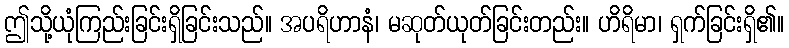
ဤသို့ယုံကြည်းခြင်းရှိခြင်းသည်။ အပရိဟာနံ၊ မဆုတ်ယုတ်ခြင်းတည်း။ ဟိရိမာ၊ ရှက်ခြင်းရှိ၏။